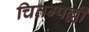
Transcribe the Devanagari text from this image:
चितम्पल्ली